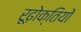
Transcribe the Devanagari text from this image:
रूढ़ोक्तियों